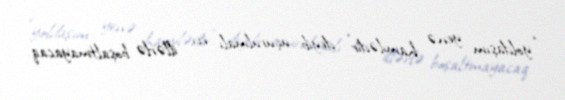
“yoldaşım yenə hamilədir” deyib uçurulmalı evi illərlə boşaltmayacaq.